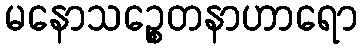
မနောသဉ္စေတနာဟာရော